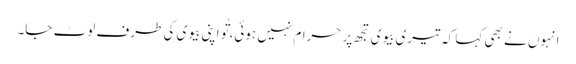
انہوں نے بھی کہا کہ تیری بیوی تجھ پر حرام نہیں ہوئی، تُو اپنی بیوی کی طرف لوٹ جا۔